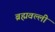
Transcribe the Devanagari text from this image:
ब्रह्मवल्ली